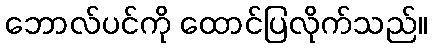
ဘောလ်ပင်ကို ထောင်ပြလိုက်သည်။